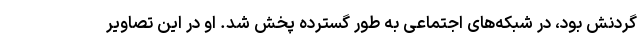
گردنش بود، در شبکه‌های اجتماعی به طور گسترده پخش شد. او در این تصاویر